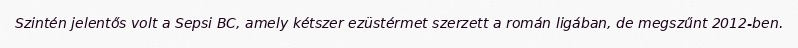
Szintén jelentős volt a Sepsi BC, amely kétszer ezüstérmet szerzett a román ligában, de megszűnt 2012-ben.